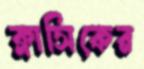
ক্লাসিকের